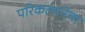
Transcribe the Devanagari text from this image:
परिकल्पनेचा